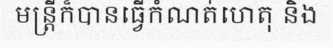
មន្ត្រីក៏បានធ្វើកំណត់ហេតុ និង